Lock hospitals Punjab
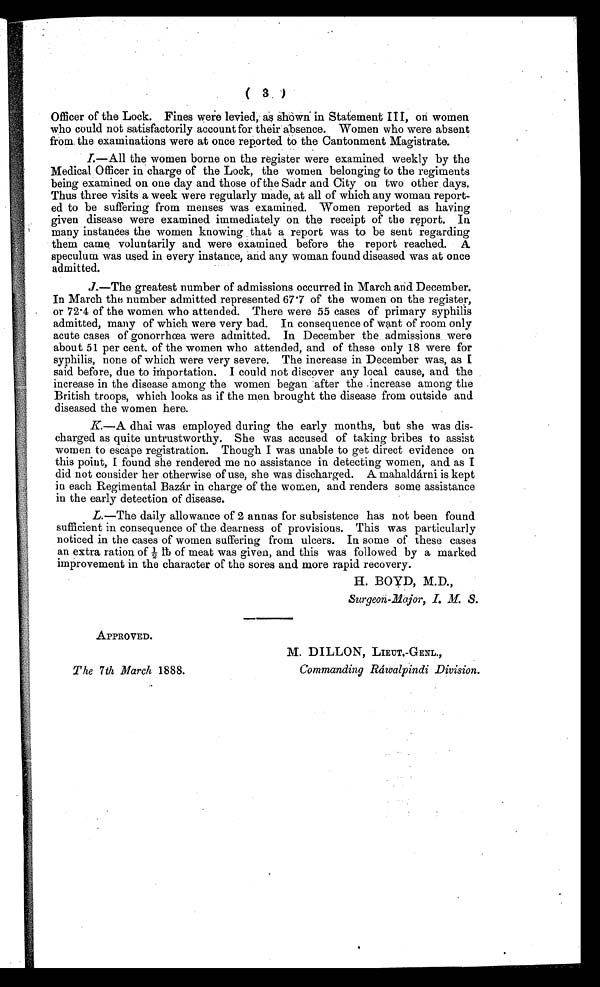
APPROVED.
The 7th March 1888.
M. DILLON, LIEUT.-GENL.,
Commanding Ráwalpindi Division.
( 3 )
Officer of the Lock. Fines were levied, as shown. in Statement III, on women
who could not satisfactorily account for their absence. Women who were absent
from the examinations were at once reported to the Cantonment Magistrate.
I
.—All the women borne on the register were examined weekly by the
Medical Officer in charge of the Lock, the women belonging to the regiments
being examined on one day and those of the Sadr and City on two other days.
Thus three visits a week were regularly made, at all of which any woman report--
ed to be suffering from menses was examined. Women reported as having
given disease were examined immediately on the receipt of the report. In
many instances the women knowing that a report was to be sent regarding
them came voluntarily and were examined before the report reached. A
speculum was used in every instance, and any woman found diseased was at once
admitted.
J.—The greatest number of admissions occurred in March and December.
In March the number admitted represented 67.7 of the women on the register,
or 72.4 of the women who attended. There were 55 cases of primary syphilis
admitted, many of which were very bad. In consequence of want of room only
acute cases of gonorrhœa were admitted. In December the admissions were
about 51 per cent. of the women who attended, and of these only 18 were for
syphilis, none of which were very severe. The increase in December was, as I
said before, due to importation. I could not discover any local cause, and the
increase in the disease among the women began after the increase among the
British troops, which looks as if the men brought the disease from outside and
diseased the women here.
K.—A dhai was employed during the early months, but she was dis-
-charged as quite untrustworthy. She was accused of taking bribes to assist
women to escape registration. Though I was unable to get direct evidence on
this point, I found she rendered me no assistance in detecting women, and as
I d i d n o t c o n s i d e r h e r o t h e r w i s e o f u s e , s h e w a s d i s c h a r g e d . A m a h a l d á r n i i s k e p t
in each Regimental Bazár in charge of the women, and renders some assistance
in the early detection of disease.
L. —The daily allowance of 2 annas for subsistence has not been found
sufficient in consequence of the dearness of provisions. This was particularly
noticed in the cases of women suffering from ulcers. In some of these cases
an extra ration of ½ th of meat was given, and this was followed by a marked
improvement in the character of the sores and more rapid recovery.
H. BOYD, M.D.,
Surgeon-Major, I. M. S.